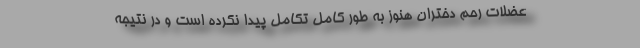
عضلات رحم دختران هنوز به طور کامل تکامل پیدا نکرده است و در نتیجه